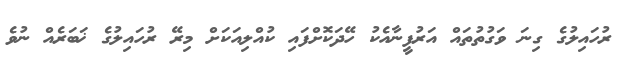
ރުހައިލުގެ ގިނަ ވަގުތުތައް އަރުފީނާއެކު ހޭދަކޮށްފައި ކުއްލިއަކަށް މިރޭ ރުހައިލުގެ ޚަބަރެއް ނުވެ